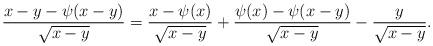
LaTeX: \begin{align*}\frac{x-y-\psi(x-y)}{\sqrt{x-y}} = \frac{x-\psi(x)}{\sqrt{x-y}} + \frac{\psi(x)-\psi(x-y)}{\sqrt{x-y}} - \frac{y}{\sqrt{x-y}}.\end{align*}